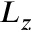
L _ { z }